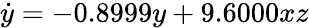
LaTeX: \dot{y}=-0.8999y+9.6000xz